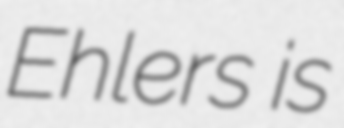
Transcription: Ehlers is